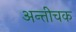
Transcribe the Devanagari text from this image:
अन्तीचक